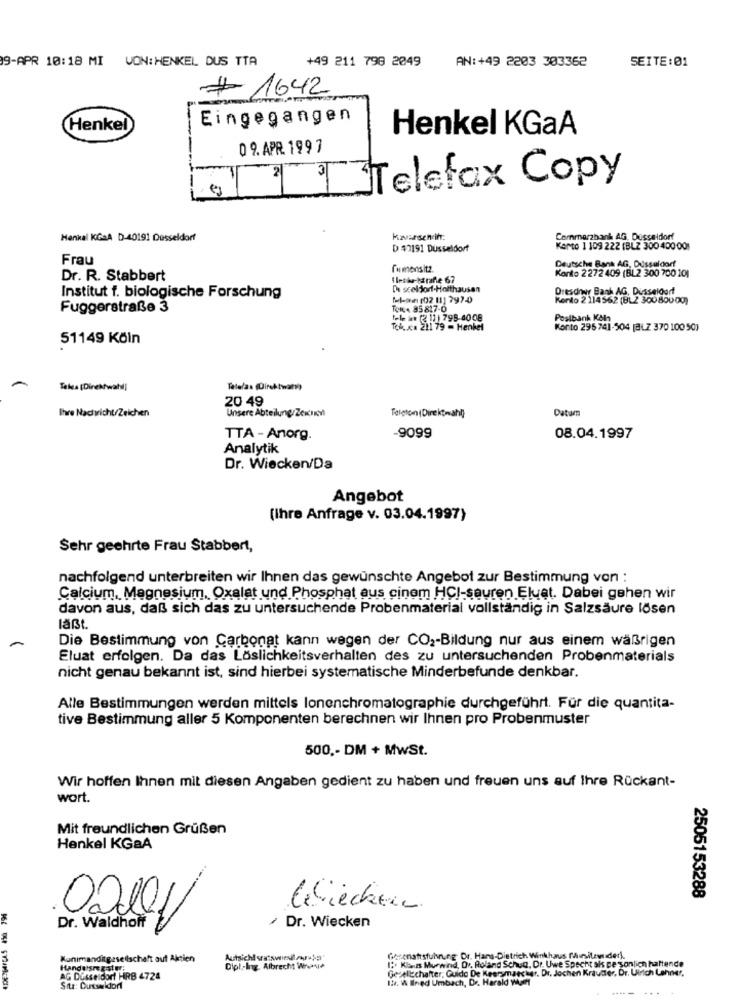
9-APR 10:18 MI VON: HENKEL DUS TTA
+49 211 798 2049
AN:+49 2203 303362
SEITE:01
# 1642
Eingegangen
Henkel
Henkel KGaA
09. APR 1997
01Telefax Copy
Hankal KGaA D-40191 Düsseldorf
Kavursenin:
Commerzbank AG. Dusseldorf
D $2191 Dusseldorf
Karto 1 109 222 (BLZ 300 400 00)
Frau
Deutsche Bank AG, Düsseldorf
firmensitz
Konto 2272 409 (BL2 300 700 101
Dr. R. Stabbert
De sceldorf-Holthausen
Dresdner Bank AG, Dusseldor
Institut f. biologische Forschung
Nel-on (02 11] 797-4
Kento 2 114 562 (BLZ 300 800 00)
Fuggerstraße 3
TON. 85 817-0
tele in (2 11) 795-4008
Postbank Köln
Tel. x.a 211 79 - Henkel
Konto 295741-504 (BLZ 370 100 50)
51149 Köln
Tate/as (Direktwan))
20 49
Ihre Nachricht/Zeichen
Unsere Abteilung/Zekiny
Datum
Telefon (Direktwahl)
-9099
TTA - Anorg.
08.04.1997
Analytik
Dr. Wiecken/Da
Angebot
(Ihre Anfrage v. 03.04.1997)
Sehr geehrte Frau Stabbert,
nachfolgend unterbreiten wir Ihnen das gewünschte Angebot zur Bestimmung von :
Calcium, Magnesium, Oxalat und Phosphat aus cinem HCI-sauren Eluat. Dabei gehen wir
davon aus, daß sich das zu untersuchende Probenmaterial vollständig in Salzsäure lösen
läßt.
Die Bestimmung von Carbonat kann wegen der CO2-Bildung nur aus einem waßrigen
Eluat erfolgen. Da das Löslichkeitsverhalten des zu untersuchenden Probenmaterials
nicht genau bekannt ist, sind hierbei systematische Minderbefunde denkbar.
Alle Bestimmungen werden mittels lonenchromatographie durchgeführt. Für die quantita-
tive Bestimmung aller 5 Komponenten berechnen wir Ihnen pro Probenmuster
500 ,- DM + MwSt.
Wir hoffen Ihnen mit diesen Angaben gedient zu haben und freuen uns auf Ihre Rückant-
wort.
Mit freundlichen Grüßen
Henkel KGaA
2505153288
Klicken
02001
/ Dr. Wiecken
Dr. Waldhoff
Konimanditgesellschaft aut Aktien
Autsichl seswiesily'a
Goscnatrsfuhrung Dr. Hans-Dietrich Winkhaus Miriley der).
Dipl-Ing. Albrecht Whenie
1: Klass Murwind, Dv. Roland Schug, Dr. Uwe Specht sis De sonlich haften
Gesellschafter, Guida De Keersmaecker. Dr. Jochen Krauter. Dr. Ulrich Lehner.
AG Düsseldorf HRB 4724
IN. W Ilned Umbach, Dr. Harald Wert
Sitz: Dusseldorf